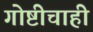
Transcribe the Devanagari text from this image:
गोष्टीचाही